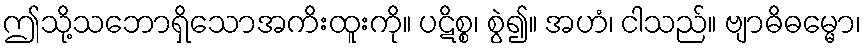
ဤသို့သဘောရှိသောအကိးထူးကို။ ပဋိစ္စ၊ စွဲ၍။ အဟံ၊ ငါသည်။ ဗျာဓိဓမ္မော၊